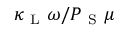
\kappa _ { \mathrm { ~ L ~ } } \omega / P _ { \mathrm { ~ S ~ } } \mu